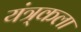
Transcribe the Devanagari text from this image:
यंत्र्कला